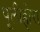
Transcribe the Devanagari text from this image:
पूलीहोरा